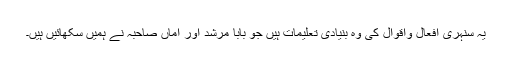
یہ سنہری افعال واقوال کی وہ بنیادی تعلیمات ہیں جو بابا مرشد اور اماں صاحبہ نے ہمیں سکھائیں ہیں۔